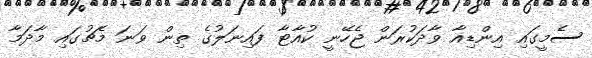
ސެމީގައި އިންޑިއާ ވާދަކުރަން ޖެހޭނީ ކުއާޓާ ފައިނަލުގެ ތިން ވަނަ މެޗުގަައި މާދަމާ